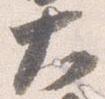
大